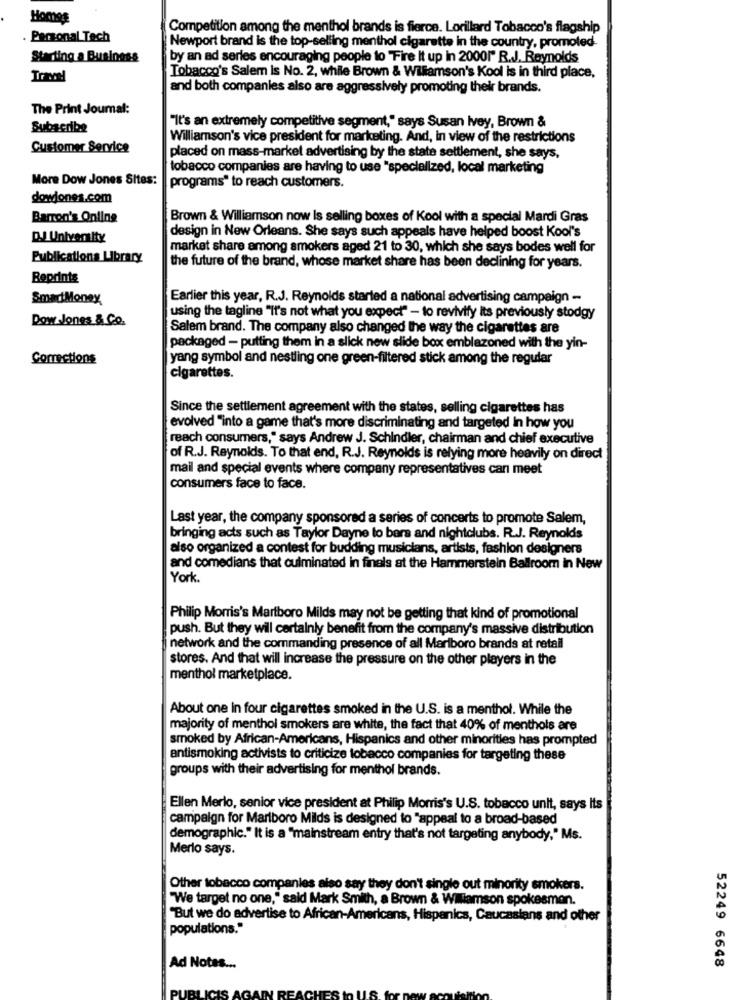
Homag
Competition among the menthol brands is fierce. Lorillard Tobacco's flagship
Personal Tech
Newport brand is the top-selling menthol cigarette in the country, promoted-
Starting a Business
by an ad series encouraging people to Fire It up in 20001" R.J. Reynolds
Tobacco's Salem is No. 2, while Brown & Williamson's Kool is in third place,
and both companies also are aggressively promoting their brands.
The Print Journal:
Subscribe
"It's an extremely competitive segment," says Susan Ivey, Brown &
Williamson's vice president for marketing. And, in view of the restrictions
Customer Service
placed on mass-market advertising by the state settlement, she says,
tobacco companies are having to use "specialized, local marketing
More Dow Jones Sites:
programs" to reach customers.
dowjones.com
Barron's Online
Brown & Williamson now Is selling boxes of Kool with a special Mardi Gras
design in New Orleans. She says such appeals have helped boost Kool's
D.J University
market share among smokers aged 21 to 30, which she says bodes well for
Publications Library
the future of the brand, whose market share has been declining for years.
Reprints
SmartMoney
Earlier this year, R.J. Reynolds started a national advertising campaign -
Dow Jones & Co.
using the tagline "it's not what you expect" - to revivify its previously stodgy
Salem brand. The company also changed the way the cigarettes are
packaged - putting them in a slick new slide box emblazoned with the yin-
Corrections
yang symbol and nestling one green-filtered stick among the regular
cigarettes.
Since the settlement agreement with the states, selling cigarettes has
evolved "into a game that's more discriminating and targeted In how you
reach consumers," says Andrew J. Schindler, chairman and chief executive
of R.J. Reynolds. To that end, R.J. Reynolds is relying more heavily on direct
mail and special events where company representatives can meet
consumers face to face.
Last year, the company sponsored a series of concerts to promote Salem,
bringing acts such as Taylor Dayne to bars and nightclubs. R.J. Reynolds
also organized a contest for budding musicians, artists, fashion designers
and comedians that culminated in fineis at the Hammerstein Ballroom in New
York.
Philip Morris's Martboro Milds may not be getting that kind of promotional
push. But they will certainly benefit from the company's massive distribution
network and the commanding presence of all Marlboro brands at retail
stores. And that will increase the pressure on the other players in the
menthol marketplace.
About one in four cigarettes smoked in the U.S. is a menthol. While the
majority of menthol smokers are white, the fact that 40% of menthols are
smoked by African-Americans, Hispanics and other minorities has prompted
antismoking activists to criticize tobacco companies for targeting these
groups with their advertising for menthol brands.
Ellen Merlo, senior vice president at Philip Morris's U.S. tobacco unit, says Its
campaign for Marlboro Milds is designed to "appeal to a broad-based
demographic." It is a "mainstream entry that's not targeting anybody," Ms.
Merlo says.
Other tobacco companies also say they don't single out minority smokers.
"We target no one," said Mark Smith, a Brown & Wiliamson spokesman.
"But we do advertise to African-Americans, Hispanics, Caucasians and other
populations."
Ad Notes ...
52249 6648